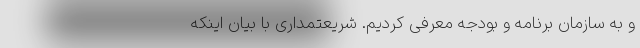
و به سازمان برنامه و بودجه معرفی کردیم. شریعتمداری با بیان اینکه